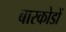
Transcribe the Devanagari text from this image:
बारकोडों